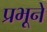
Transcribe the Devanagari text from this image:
प्रभूनें